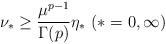
LaTeX: \begin{align*}\nu_*\geq\dfrac{\mu^{p-1}}{\Gamma(p)}\eta_*\ (*=0,\infty)\end{align*}